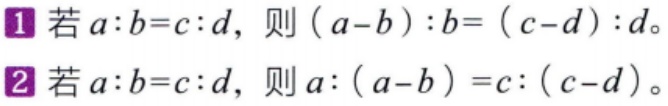
1. 若\(a:b = c:d\)，则\((a - b):b=(c - d):d\)。

2. 若\(a:b = c:d\)，则\(a:(a - b)=c:(c - d)\)。